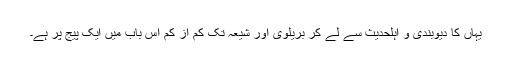
یہاں کا دیوبندی و اہلحدیث سے لے کر بریلوی اور شیعہ تک کم از کم اِس باب میں ایک پیج پر ہے۔